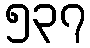
၅၃၇